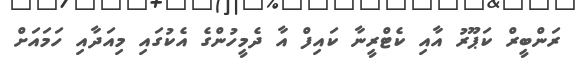
ރަންބީރް ކަޕޫރު އާއި ކެޓްރީނާ ކައިފް އާ ދެމީހުންގެ އެކުގައި މިއަދާއި ހަމައަށް